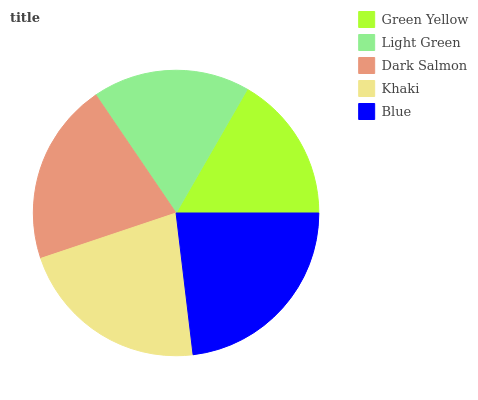
| Green Yellow | Light Green | Dark Salmon | Khaki | Blue |
 | --- | --- | --- | --- | --- |
 | 16.7% | 17.8% | 20.7% | 21.8% | 23.1% |